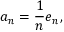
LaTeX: a _ { n } = { \frac { 1 } { n } } e _ { n } ,